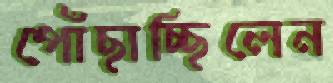
পোঁছাচ্ছিলেন